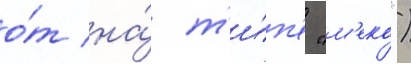
о́т на́ т'и́п'е "м'еко")